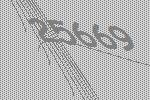
25669